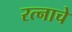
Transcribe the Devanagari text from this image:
रत्नाचे